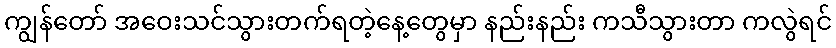
ကျွန်တော် အဝေးသင်သွားတက်ရတဲ့နေ့တွေမှာ နည်းနည်း ကသီသွားတာ ကလွဲရင်